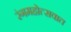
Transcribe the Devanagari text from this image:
रंगमहोत्सवात